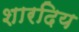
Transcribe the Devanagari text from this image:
शारदिय